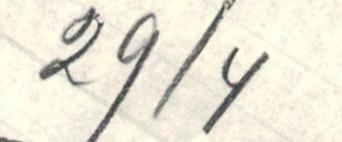
29/4